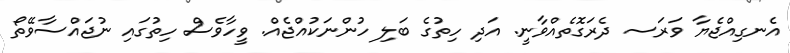
އެނގިއްޖެޔާ ވަރަސ ދެރަގޮތެއްވާނީ. އަދި ހިތުގެ ބަލި ހުންނަކުއްޖެއް. ވީހާވެސް ހިތުގައި ނުޖައްސާވޭތޯ